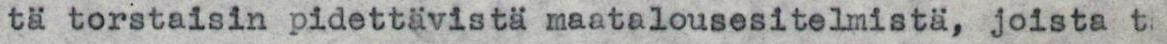
tä torstaisin pidettävistä maatalousesitelmistä, joista t